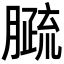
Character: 𦠦